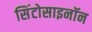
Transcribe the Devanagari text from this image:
सिंटोसाइनॉन